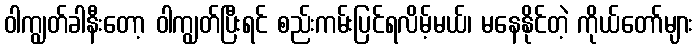
ဝါကျွတ်ခါနီးတော့ ဝါကျွတ်ပြီးရင် စည်းကမ်းပြင်ရလိမ့်မယ်၊ မနေနိုင်တဲ့ ကိုယ်တော်များ